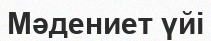
Мәдениет үйі